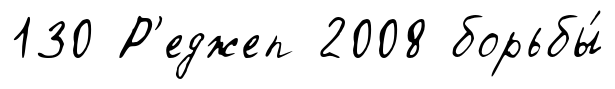
130 Р'еджеп 2008 борьбы́